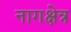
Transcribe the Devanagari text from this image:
नागक्षेत्र